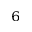
^ 6